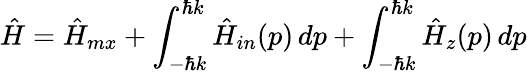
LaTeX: \hat{H}=\hat{H}_{mx}+\int_{-\hbar k}^{\hbar k}\hat{H}_{in}(p)\, dp+\int_{-\hbar k}^{\hbar k}\hat{H}_{z}(p)\, dp